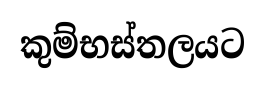
කුම්භස්තලයට